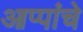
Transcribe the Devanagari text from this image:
आप्पांचे